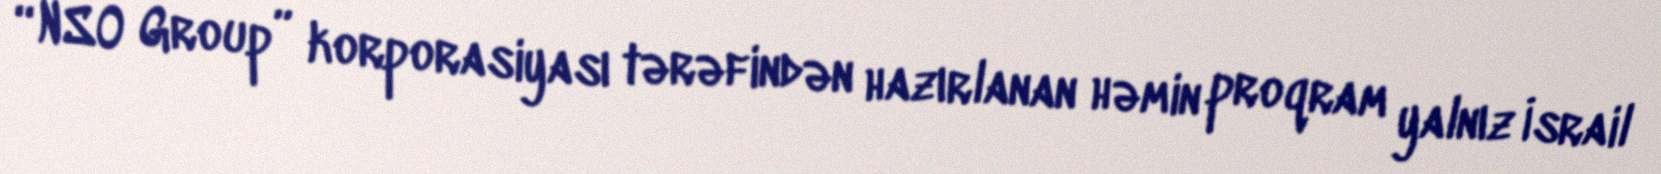
“NSO Group” korporasiyası tərəfindən hazırlanan həmin proqram yalnız İsrail